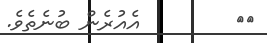
٤٨        އެއުރެން ބުނެތެވެ.